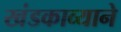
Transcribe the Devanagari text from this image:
खंडकाव्याने